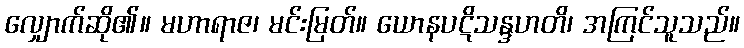
လျှောက်ဆို၏။ မဟာရာဇ၊ မင်းမြတ်။ ယောနပဋိသန္ဒဟတိ၊ အကြင်သူသည်။